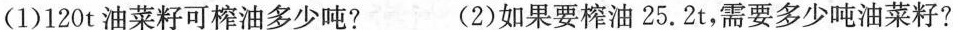
(1) 120t油菜籽可榨油多少吨? (2) 如果要榨油25.2t，需要多少吨油菜籽?